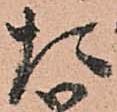
た